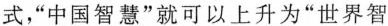
式，“中国智慧”就可以上升为“世界智